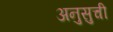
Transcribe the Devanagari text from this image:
अनुसुची